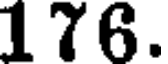
176.